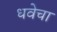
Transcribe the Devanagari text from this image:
धवेचा